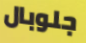
جلوبال